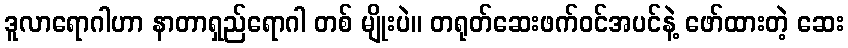
ဒူလာရောဂါဟာ နာတာရှည်ရောဂါ တစ် မျိုးပဲ။ တရုတ်ဆေးဖက်ဝင်အပင်နဲ့ ဖော်ထားတဲ့ ဆေး